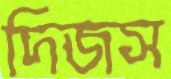
দিজস